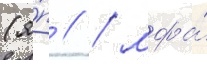
(я́п // / мфа́